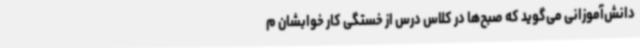
دانش‌آموزانی می‌گوید که صبح‌ها در کلاس درس از خستگی کار خوابشان م